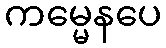
ကမ္မေနပေ